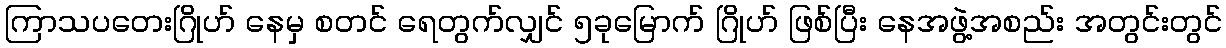
ကြာသပတေးဂြိုဟ် နေမှ စတင် ရေတွက်လျှင် ၅ခုမြောက် ဂြိုဟ် ဖြစ်ပြီး နေအဖွဲ့အစည်း အတွင်းတွင်